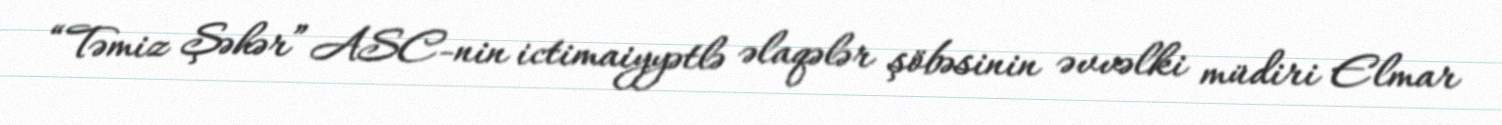
“Təmiz Şəhər” ASC-nin ictimaiyyətlə əlaqələr şöbəsinin əvvəlki müdiri Elmar